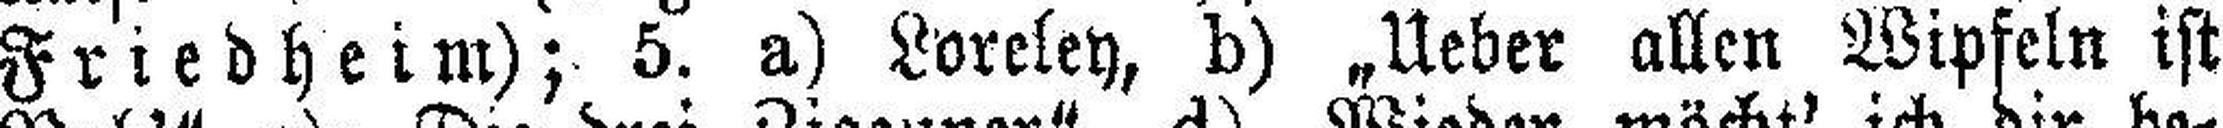
Friedheim); 5. a) Loreley, b) „Ueber allen Wipfeln ist